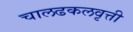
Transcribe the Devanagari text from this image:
चालढकलवृत्ती